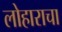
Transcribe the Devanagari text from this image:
लोहाराचा